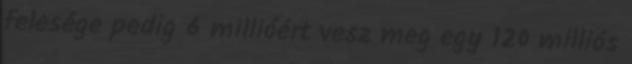
felesége pedig 6 millióért vesz meg egy 120 milliós